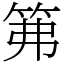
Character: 笰